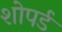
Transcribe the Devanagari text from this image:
शोपर्ड